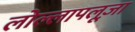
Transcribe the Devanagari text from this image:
लोल्लापलूज़ा